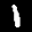
Label: 1